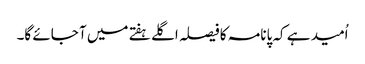
اُمید ہے کہ پانامہ کا فیصلہ اگلے ہفتے میں آ جائے گا۔